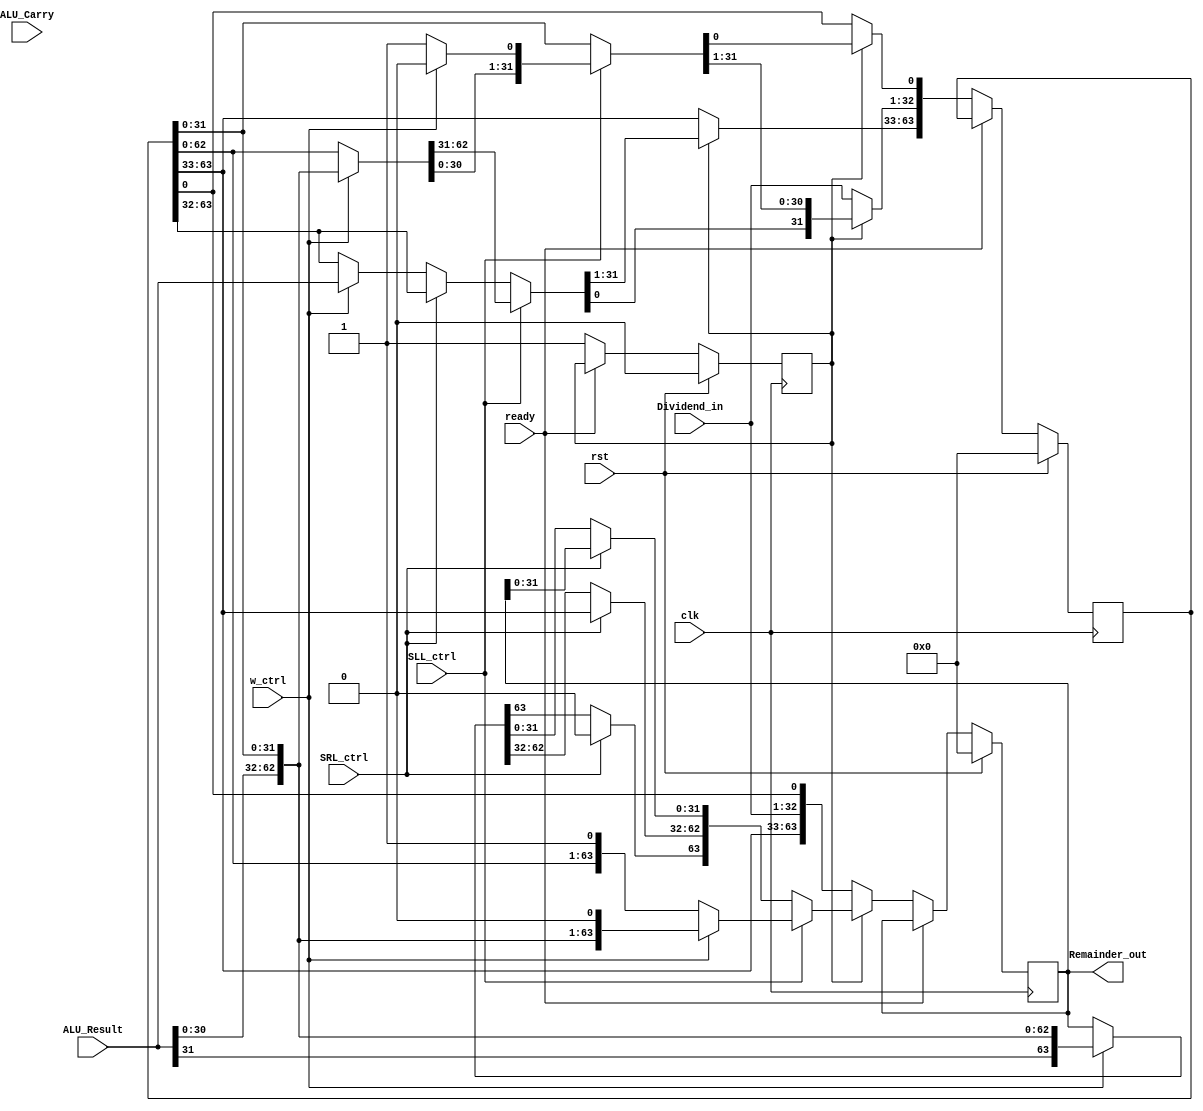
module Remainder(Dividend_in, ALU_Carry, ALU_Result, SLL_ctrl, SRL_ctrl, w_ctrl, ready, rst, clk, Remainder_out);
//inputs
input [31:0]Dividend_in, ALU_Result;
input ALU_Carry, SLL_ctrl, SRL_ctrl, w_ctrl, ready, rst, clk;
//output
output reg [63:0]Remainder_out;
reg [63:0]tempReg;
//the value to check if the devidend loaded
reg loaded;

always@(negedge clk)begin
	//reset the product register
	if(rst)begin
		Remainder_out <= 0;
		tempReg <= 0;
		loaded <= 0;
	end else begin
		if(~ready)begin
			if(~loaded)begin	
				//has not load multiplier yet -> put dividend to the rightmost and shift left 1
				tempReg[32:1] = Dividend_in;
				Remainder_out = tempReg;
			end 
			else begin
				//step2 of the controller
				if(SLL_ctrl)begin
					//if MSB = 1 -> w_ctrl = 1 -> add the divisor back to the leftmost and shift
					if(w_ctrl)begin
						tempReg[63:32] = ALU_Result;
						tempReg = tempReg << 1;
						tempReg[0] = 1'b0;	//fill right most bit with 0
						Remainder_out = tempReg;
					end
					//if MSB != 1 -> w_ctrl = 0 -> move and shift
					else begin
						tempReg = tempReg << 1;
						tempReg[0] = 1'b1;	//fill right most bit with 1
						Remainder_out = tempReg;
					end
				end
				//step1 of the controller
				//no shift left
				else begin
					if(SRL_ctrl)begin
						Remainder_out[62:32] = tempReg[63:33];
						Remainder_out[63] = 1'b0;	
					end 
					else if(w_ctrl)begin
						tempReg[63:32] = ALU_Result; 
						Remainder_out = tempReg;
					end
				end
			end
			loaded = 1;
		//if the loop is done -> ready = 1 -> output stays the same
		end else Remainder_out <= Remainder_out;
	end
end
endmodule